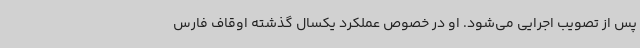
پس از تصویب اجرایی می‌شود. او در خصوص عملکرد یکسال گذشته اوقاف فارس